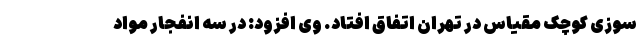
سوزی کوچک مقیاس در تهران اتفاق افتاد. وی افزود: در سه انفجار مواد